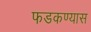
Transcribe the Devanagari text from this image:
फडकण्यास